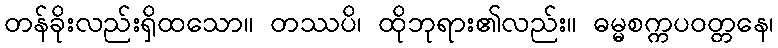
တန်ခိုးလည်းရှိထသော။ တဿပိ၊ ထိုဘုရား၏လည်း။ ဓမ္မစက္ကပဝတ္တနေ၊